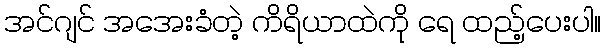
အင်ဂျင် အအေးခံတဲ့ ကိရိယာထဲကို ရေ ထည့်ပေးပါ။